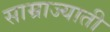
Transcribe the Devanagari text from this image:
साम्राज्याती